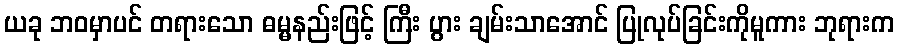
ယခု ဘဝမှာပင် တရားသော ဓမ္မနည်းဖြင့် ကြီး ပွား ချမ်းသာအောင် ပြုလုပ်ခြင်းကိုမူကား ဘုရားက